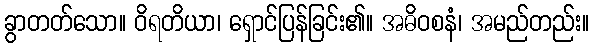
ခွာတတ်သော။ ဝိရတိယာ၊ ရှောင်ပြန်ခြင်း၏။ အဓိဝစနံ၊ အမည်တည်း။